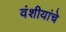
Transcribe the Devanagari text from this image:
वंशीयांचे